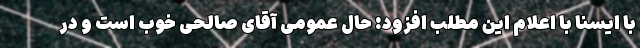
با ایسنا با اعلام این مطلب افزود: حال عمومی آقای صالحی خوب است و در